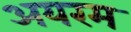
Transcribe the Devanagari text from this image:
अयरम